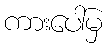
ကားပေါ်မှ